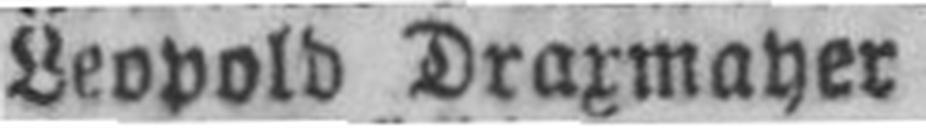
Leopold Draxmayer